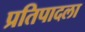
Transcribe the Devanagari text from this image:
प्रतिपादला